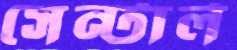
সেন্টার্ল